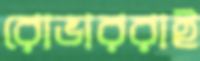
রোভাররাই